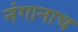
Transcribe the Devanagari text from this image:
नंगानाच